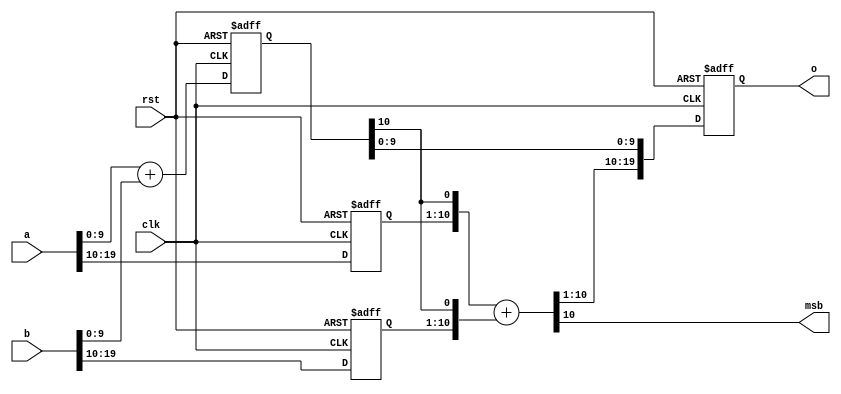
// Copyright 2007 Altera Corporation. All rights reserved.  
// Altera products are protected under numerous U.S. and foreign patents, 
// maskwork rights, copyrights and other intellectual property laws.  
//
// This reference design file, and your use thereof, is subject to and governed
// by the terms and conditions of the applicable Altera Reference Design 
// License Agreement (either as signed by you or found at www.altera.com).  By
// using this reference design file, you indicate your acceptance of such terms
// and conditions between you and Altera Corporation.  In the event that you do
// not agree with such terms and conditions, you may not use the reference 
// design file and please promptly destroy any copies you have made.
//
// This reference design file is being provided on an "as-is" basis and as an 
// accommodation and therefore all warranties, representations or guarantees of 
// any kind (whether express, implied or statutory) including, without 
// limitation, warranties of merchantability, non-infringement, or fitness for
// a particular purpose, are specifically disclaimed.  By making this reference
// design file available, Altera expressly does not recommend, suggest or 
// require that this reference design file be used in combination with any 
// other product not provided by Altera.
/////////////////////////////////////////////////////////////////////////////

// liu - 06-11-2006
// 
// Adder with one level of pipeline (embedded in the carry chain).
// This is the most efficient way to speed up arithmetic when 
// latency is available.
//
// Modification to expose the unregistered most significant bit 
// for use in carry select
//

module pipeline_add_msb (clk,rst,a,b,o,msb);

parameter LS_WIDTH = 10;
parameter MS_WIDTH = 10;
parameter WIDTH = LS_WIDTH + MS_WIDTH;

input [WIDTH-1:0] a,b;
input clk,rst;
output [WIDTH-1:0] o;
output msb;
reg [WIDTH-1:0] o;

	// Build the less significant adder with an extra bit on the top to get
	// the carry chain onto the normal routing.  
	reg [LS_WIDTH-1+1:0] ls_adder;
	wire cross_carry = ls_adder[LS_WIDTH];
	always @(posedge clk or posedge rst) begin
		if (rst) ls_adder <= 1'b0;
		else ls_adder <= {1'b0,a[LS_WIDTH-1:0]} + {1'b0,b[LS_WIDTH-1:0]};
	end

	// the more significant data needs to wait a tick for the carry
	// signal to be ready
	reg [MS_WIDTH-1:0] ms_data_a,ms_data_b;
	always @(posedge clk or posedge rst) begin
		if (rst) begin
			ms_data_a <= 0;
			ms_data_b <= 0;
		end
		else begin
			ms_data_a <= a[WIDTH-1:WIDTH-MS_WIDTH];
			ms_data_b <= b[WIDTH-1:WIDTH-MS_WIDTH];
		end
	end

	// Build the more significant adder with an extra low bit to incorporate
	// the carry from the split lower chain.
	wire [MS_WIDTH-1+1:0] ms_adder;
	assign ms_adder = {ms_data_a,cross_carry} + 
			{ms_data_b,cross_carry};

	assign msb = ms_adder[MS_WIDTH];

	// collect the sum back together and register, drop the two internal bits
	always @(posedge clk or posedge rst) begin
		if (rst) o <= 0;
		else o <= {ms_adder[MS_WIDTH:1],ls_adder[LS_WIDTH-1:0]};
	end

endmodule